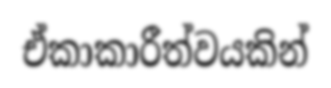
ඒකාකාරීත්වයකින්